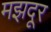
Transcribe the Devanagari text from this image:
मझदूर